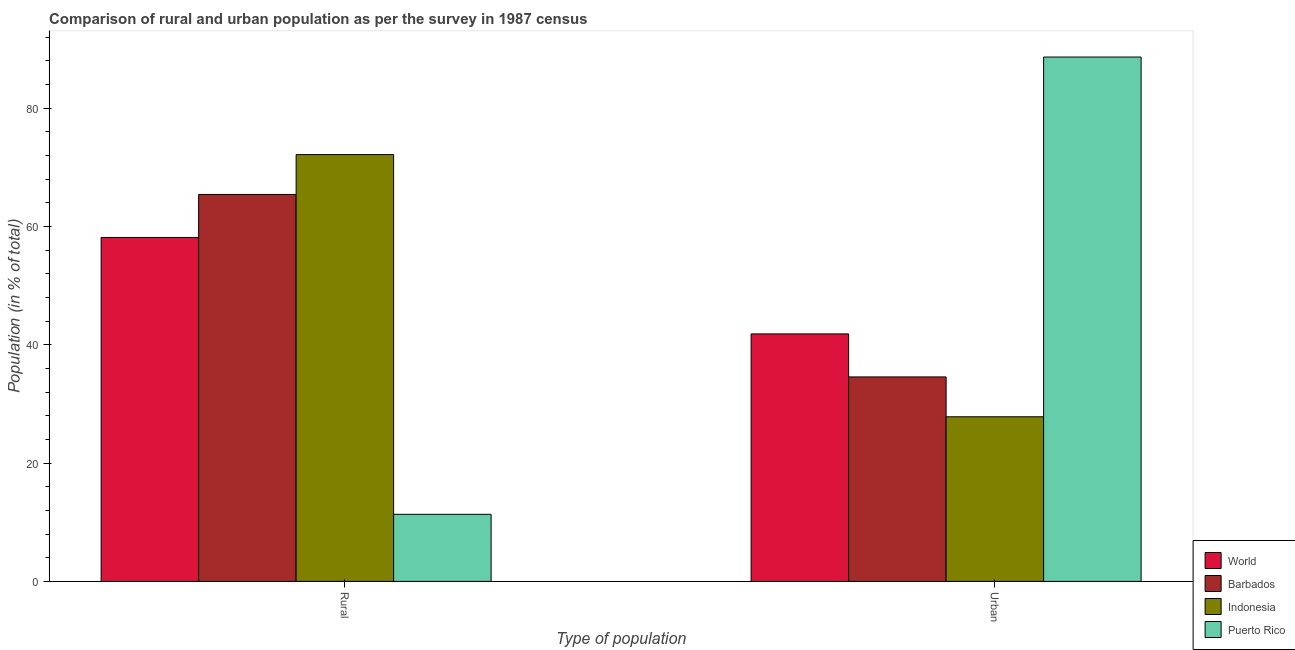
| Type of population | World | Barbados | Indonesia | Puerto Rico |
 | --- | --- | --- | --- | --- |
 | Rural | 58.2 | 65.4 | 72.2 | 11.3 |
 | Urban | 41.8 | 34.6 | 27.8 | 88.7 |